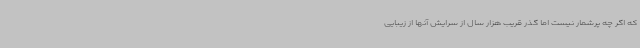
که اگر چه پرشمار نیست اما گذر قریب هزار سال از سرایش آنها از زیبایی